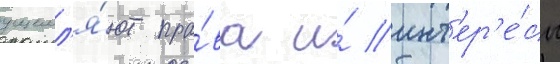
ущемл'я́ют пра́ва и́ инт'ер'е́сы